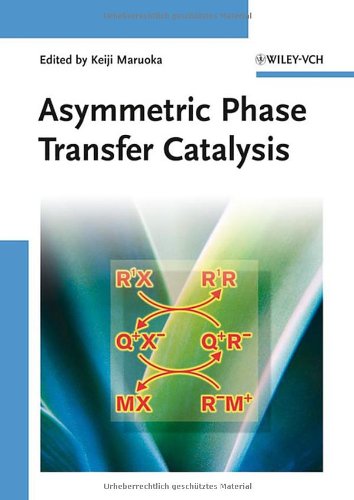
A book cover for Asymmetric Phase Transfer Catalysis; Science & Math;